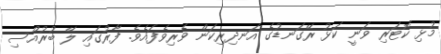
މުޅި ކޮޓަރި ވަނީ ކަޅު ރޭގަނޑުގެ އަނދިރިކަން ވެރިވެފައެވެ. ފާރުގައި ލޭ ބުރުއްސި